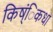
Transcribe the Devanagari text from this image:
किष्ंिकधा